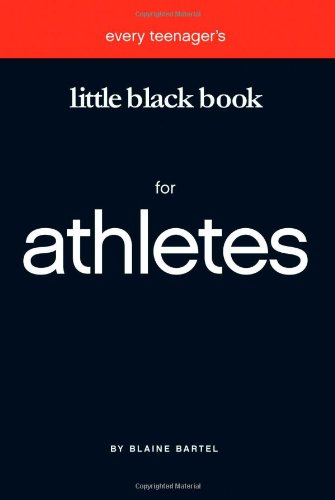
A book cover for Little Black Book for Athletes (Little Black Book Series); Blaine Bartel; Teen & Young Adult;